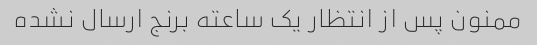
ممنون پس از انتظار یک ساعته برنج ارسال نشده